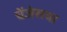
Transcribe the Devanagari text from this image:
चेंजेसचा